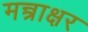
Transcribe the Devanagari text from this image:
मन्त्राक्षर